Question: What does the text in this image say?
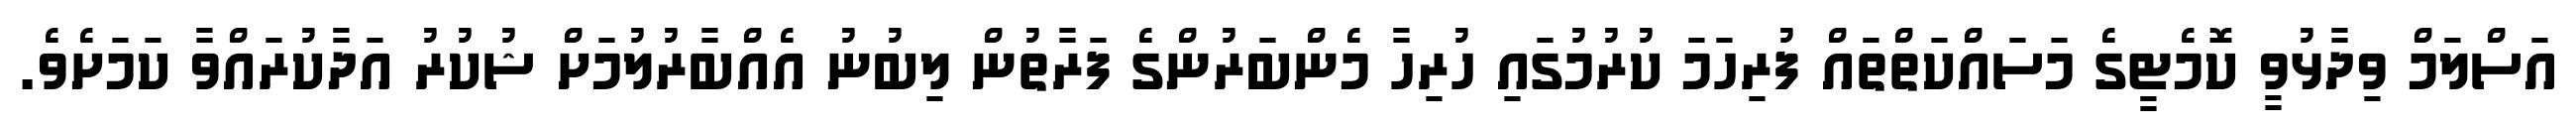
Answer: އަސްލަމް ވިދާޅުވީ ކޮމެޓީގެ މަސައްކަތްތައް ފުރިހަމަ ކުރުމުގައި ހުރިހާ މެންބަރުންގެ ފަރާތުން ލިބުނު އެއްބާރުލުމަށް ޝުކުރު އަދާކުރައްވާ ކަމަށެވެ.